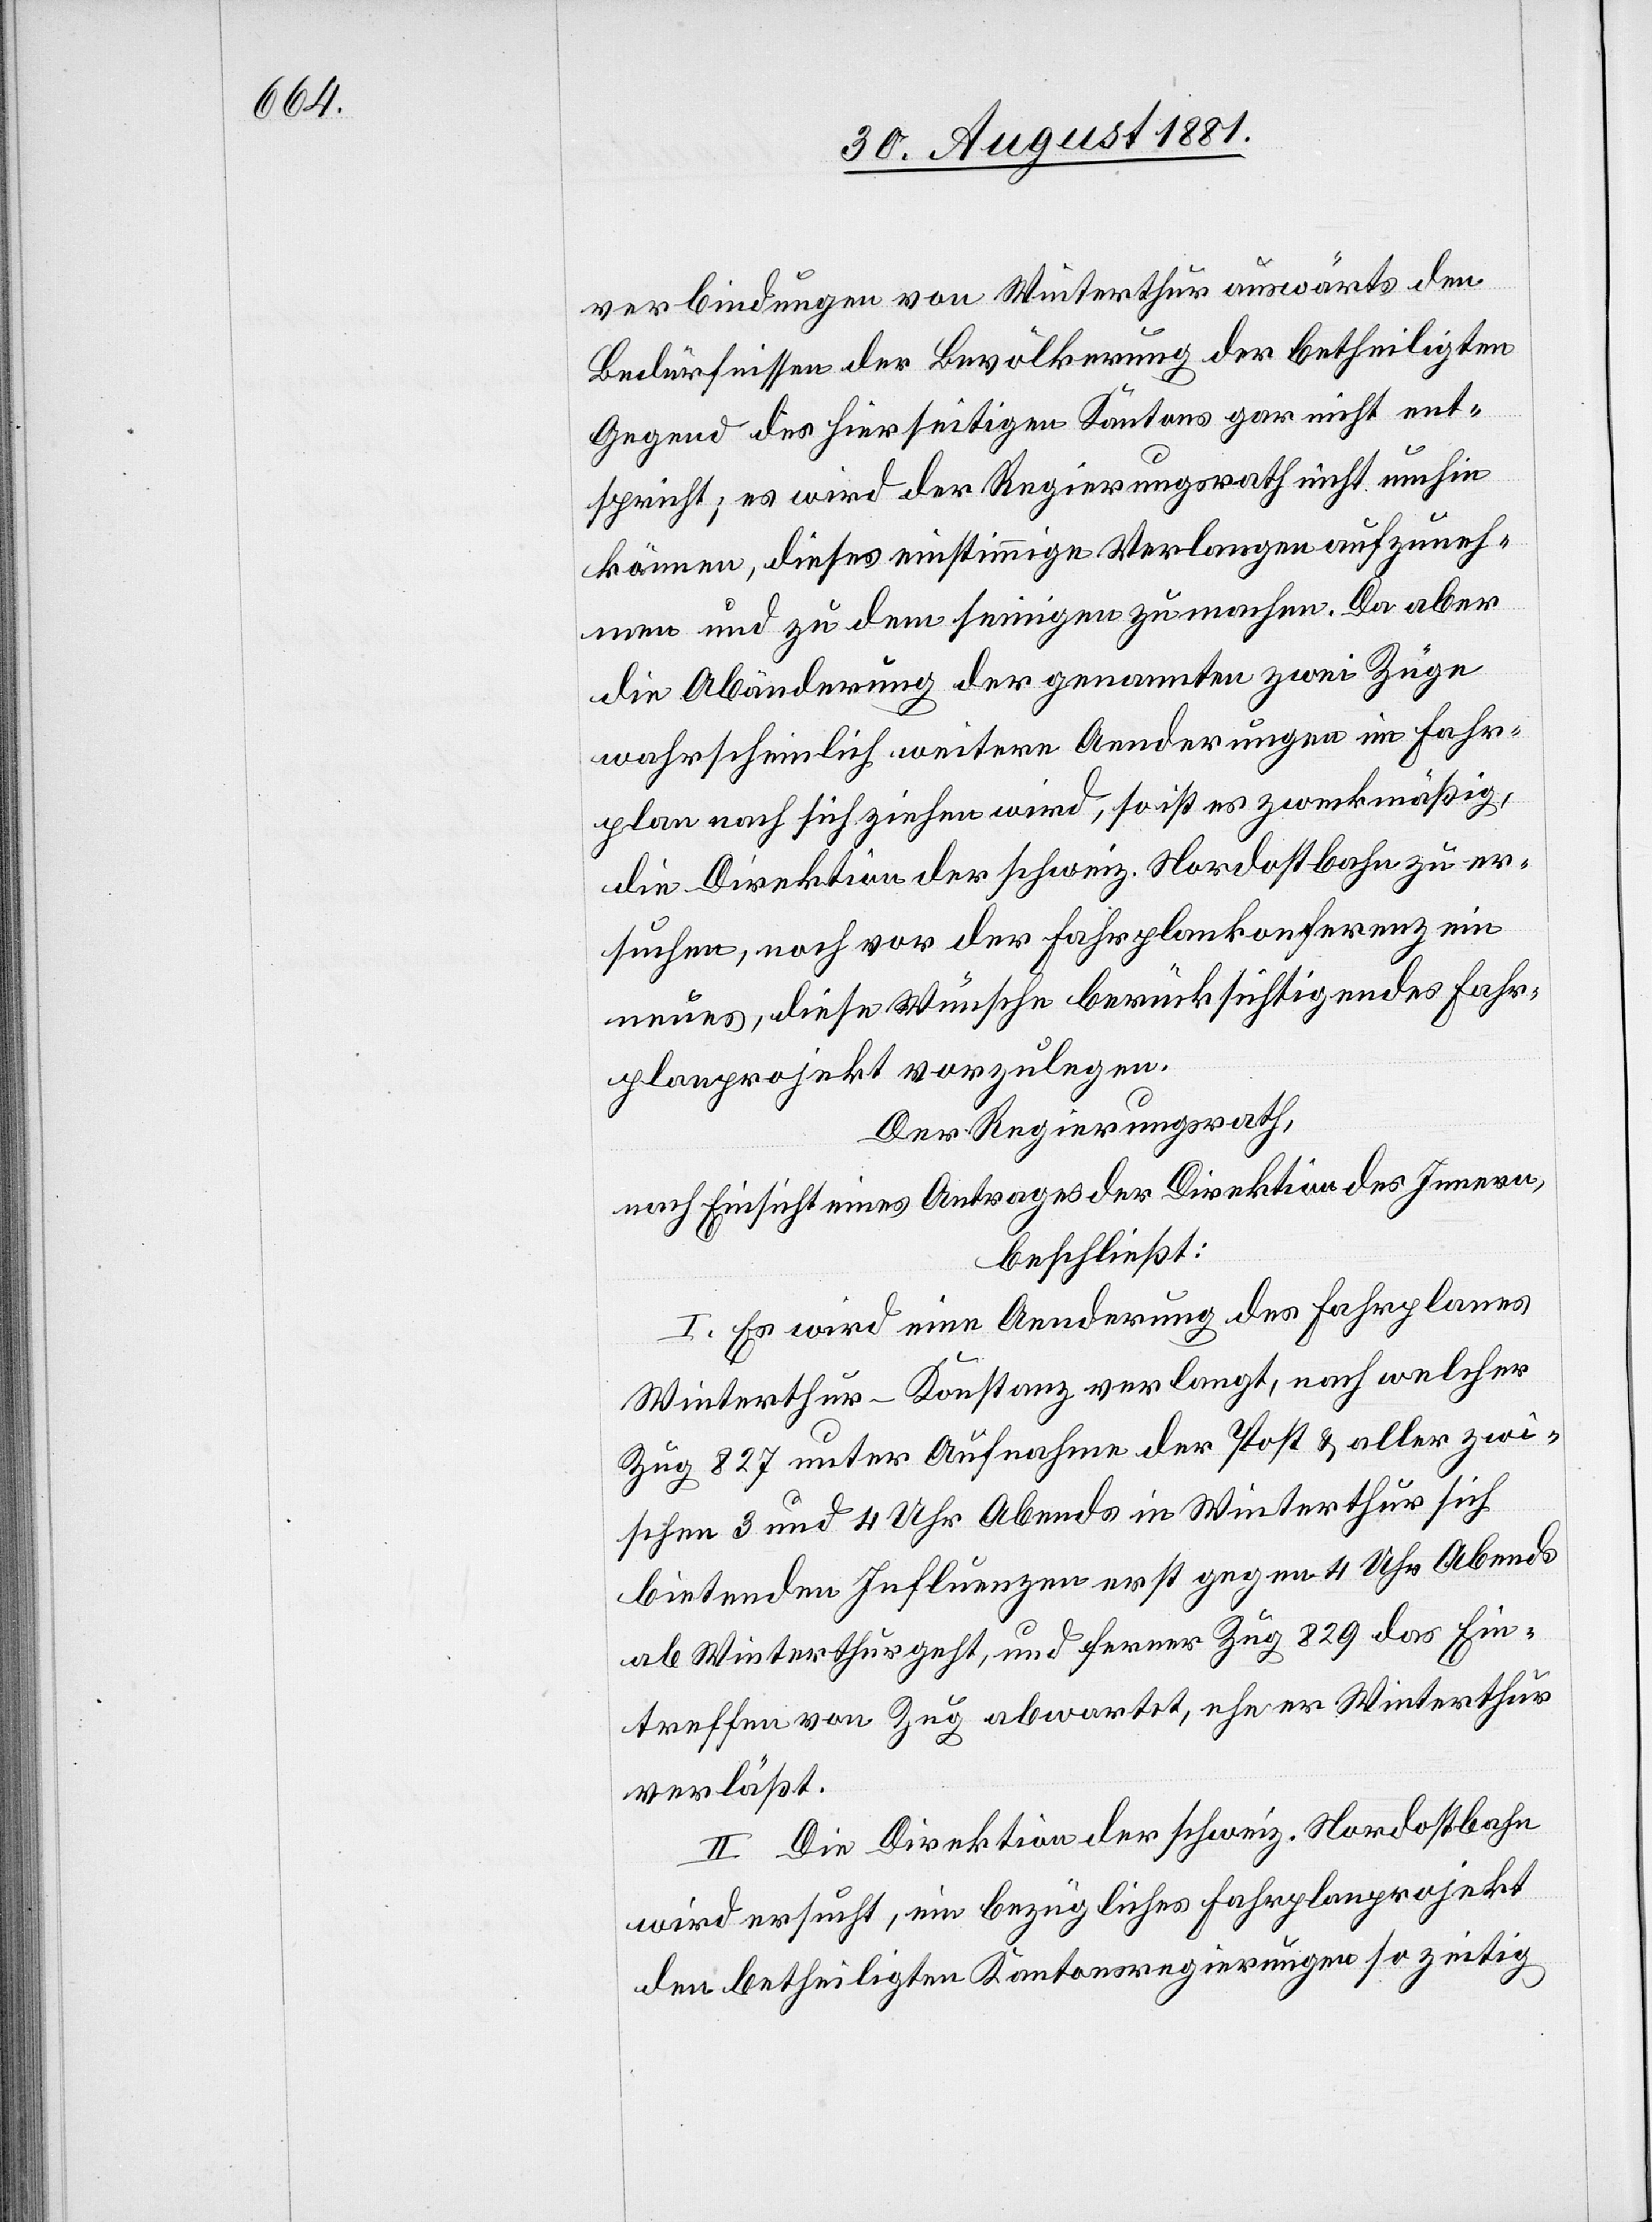
verbindungen von Winterthur auswärts den
Bedürfnissen der Bevölkerung der betheiligten
Gegend es hierseitigen Kantons gar nicht ent¬
spricht; es wird der Regierungsrath nicht umhin
können, dieses einstimmige Verlangen aufzuneh¬
men und zu dem seinigen zu machen. Da aber
die Abänderung der genannten zwei Züge
wahrscheinlich weitere Aenderungen im Fahr¬
plan nach sich ziehen wird, so ist es zweckmäßig,
die Direktion der schweiz. Nordostbahn zu er¬
suchen, noch vor der Fahrplankonferenz ein
neues, diese Wünsche berücksichtigendes Fahr¬
planprojekt vorzulegen.
Der Regierungsrath,
nach Einsicht eines Antrages der Direktion des Innern,
beschließt:
I. Es wird eine Aenderung des Fahrplanes
Winterthur–Konstanz verlangt, nach welcher
Zug 827 unter Aufnahme der Post & aller zwi¬
schen 3 und 4 Uhr Abends in Winterthur sich
bietenden Influenzen erst gegen 4 Uhr Abends
ab Winterthur geht, und ferner Zug 829 das Ein¬
treffen von Zug abwartet, ehe er Winterthur
verläßt.
II. Die Direktion der schweiz. Nordostbahn
wird ersucht, ein bezügliches Fahrplanprojekt
den betheiligten Kantonsregierungen so zeitig